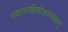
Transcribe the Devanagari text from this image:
नकाररहितोअस्म्यहम्